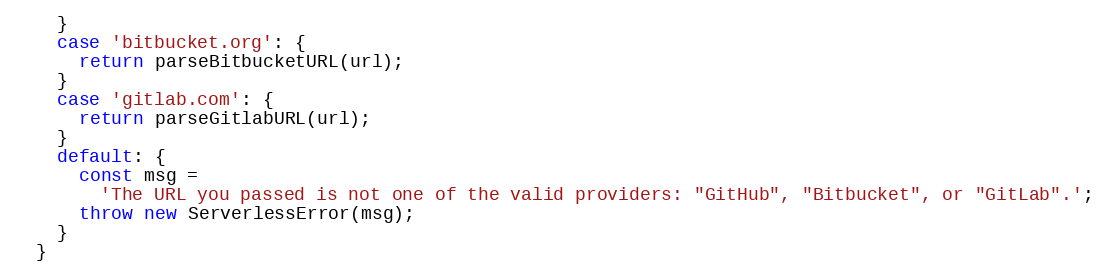
Language: JavaScript
    }
    case 'bitbucket.org': {
      return parseBitbucketURL(url);
    }
    case 'gitlab.com': {
      return parseGitlabURL(url);
    }
    default: {
      const msg =
        'The URL you passed is not one of the valid providers: "GitHub", "Bitbucket", or "GitLab".';
      throw new ServerlessError(msg);
    }
  }